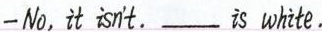
—No, it isn't.___ is white.